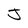
Character: J